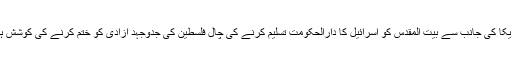
امریکا کی جانب سے بیت المقدس کو اسرائیل کا دارالحکومت تسلیم کرنے کی چال فلسطین کی جدوجہد آزادی کو ختم کرنے کی کوشش ہے۔